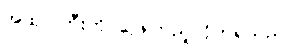
အထုပ်ကြီးကို ဖြေကြည့်လိုက်ရသည်။